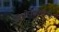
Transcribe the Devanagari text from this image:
लिपोपेपटाइडस